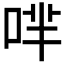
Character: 𠴟